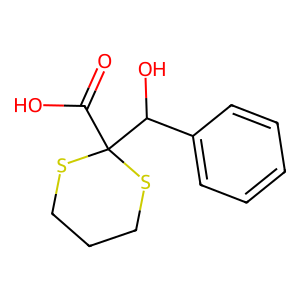
SMILES: O=C(O)C1(C(O)c2ccccc2)SCCCS1
Inhibits HIV replication: No